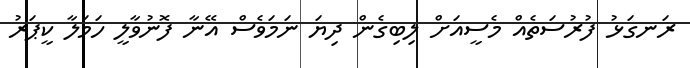
ރަނގަޅު ފުރުސަތެއް މެސީއަށް ލިބިގެން ދިޔަ ނަމަވެސް އޭނާ ފޮނުވާލީ ހަމަލާ ކީޕަރު